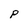
Character: P